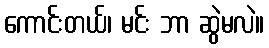
ကောင်းတယ်၊ မင်း ဘာ ဆွဲမလဲ။